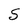
Character: S